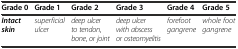
| Grade 0 | Grade 1 | Grade 2 | Grade 3 | Grade 4 | Grade 5 |
 | --- | --- | --- | --- | --- | --- |
 | Intact skin | superficial ulcer | deep ulcer to tendon, bone, or joint | deep ulcer with abscess or osteomyelitis | forefoot gangrene | whole foot gangrene |